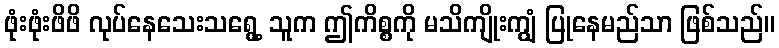
ဖုံးဖုံးဖိဖိ လုပ်နေသေးသရွေ့ သူက ဤကိစ္စကို မသိကျိုးကျွံ ပြုနေမည်သာ ဖြစ်သည်။